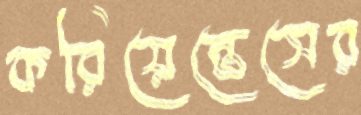
করিয়েন্তেসের